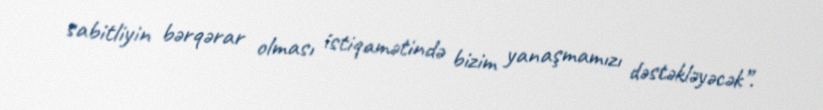
sabitliyin bərqərar olması istiqamətində bizim yanaşmamızı dəstəkləyəcək”.